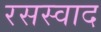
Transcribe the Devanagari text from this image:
रसस्वाद